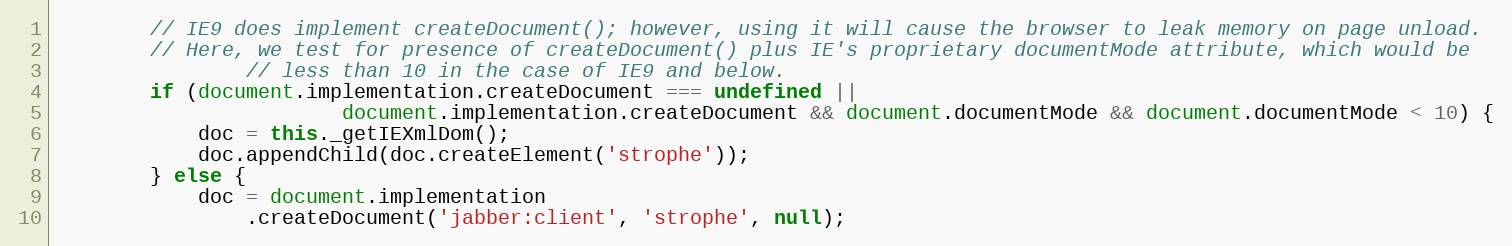
Language: JavaScript
        // IE9 does implement createDocument(); however, using it will cause the browser to leak memory on page unload.
        // Here, we test for presence of createDocument() plus IE's proprietary documentMode attribute, which would be
                // less than 10 in the case of IE9 and below.
        if (document.implementation.createDocument === undefined ||
                        document.implementation.createDocument && document.documentMode && document.documentMode < 10) {
            doc = this._getIEXmlDom();
            doc.appendChild(doc.createElement('strophe'));
        } else {
            doc = document.implementation
                .createDocument('jabber:client', 'strophe', null);